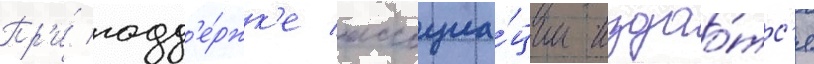
Пр'и́ подд'е́ржк'е ассоциа́ции издао́тс'я